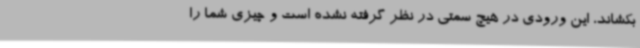
بکشاند، این ورودی در هیچ سمتی در نظر گرفته نشده است و چیزی شما را